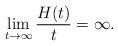
LaTeX: \begin{align*}\lim_{t \to \infty}\frac{H(t)}{t}= \infty. \end{align*}